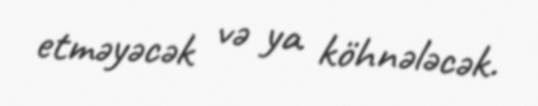
etməyəcək və ya köhnələcək.